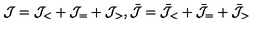
{ \cal J } = { \cal J } _ { < } + { \cal J } _ { = } + { \cal J } _ { > } , \bar { \cal J } = \bar { \cal J } _ { < } + \bar { \cal J } _ { = } + \bar { \cal J } _ { > }